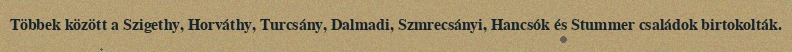
Többek között a Szigethy, Horváthy, Turcsány, Dalmadi, Szmrecsányi, Hancsók és Stummer családok birtokolták.